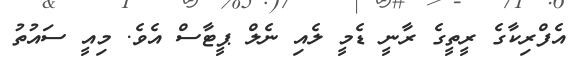
އެފްރިކާގެ ރީތީގެ ރާނީ ޑެމީ ލެއި ނެލް ޕީޓާސް އެވެ. މިއީ ސައުތު